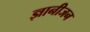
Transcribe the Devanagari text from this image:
ज्ञानीजन